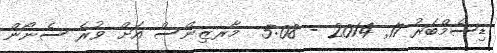
ޑިސެމްބަރު 17